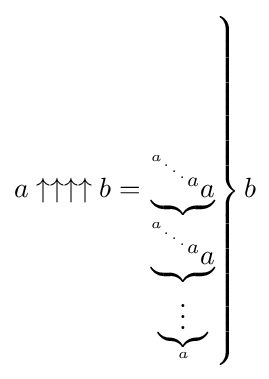
a\uparrow \uparrow \uparrow \uparrow b=\left.\underbrace {^{^{^{^{^{a}.}.}.}a}a} _{\underbrace {^{^{^{^{^{a}.}.}.}a}a} _{\underbrace {\vdots } _{a}}}\right\}b